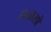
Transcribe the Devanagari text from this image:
गयासो